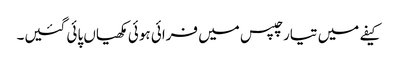
کیفے میں تیار چپس میں فرائی ہوئی مکھیاں پائی گئیں۔